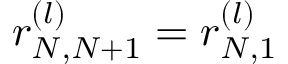
r _ { N , N + 1 } ^ { ( l ) } = r _ { N , 1 } ^ { ( l ) }